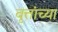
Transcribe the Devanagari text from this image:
वृत्तांच्या